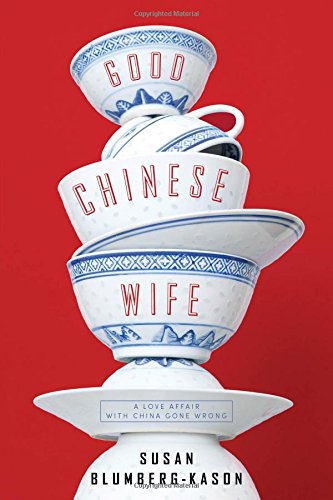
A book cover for Good Chinese Wife: A Love Affair with China Gone Wrong; Susan Blumberg-Kason; Biographies & Memoirs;